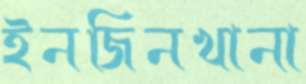
ইনজিনখানা